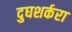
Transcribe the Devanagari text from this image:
दुघशर्करा